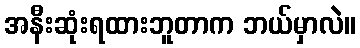
အနီးဆုံးရထားဘူတာက ဘယ်မှာလဲ။